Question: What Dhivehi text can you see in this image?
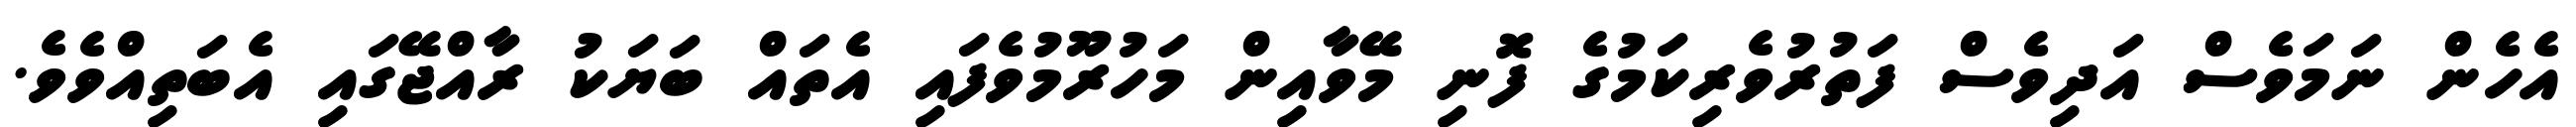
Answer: އެހެން ނަމަވެސް އަދިވެސް ފަތުރުވެރިކަމުގެ ފޮނި މޭވާއިން މަހުރޫމުވެފައި އެތައް ބަޔަކު ރާއްޖޭގައި އެބަތިއްވެވެ.